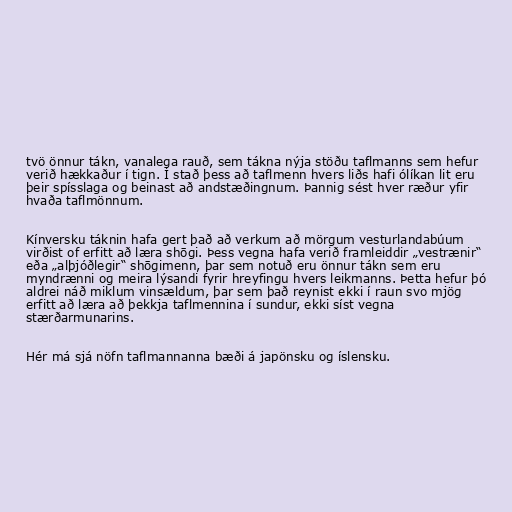
tvö önnur tákn, vanalega rauð, sem tákna nýja stöðu taflmanns sem hefur
verið hækkaður í tign. Í stað þess að taflmenn hvers liðs hafi ólíkan lit eru
þeir spísslaga og beinast að andstæðingnum. Þannig sést hver ræður yfir
hvaða taflmönnum.

Kínversku táknin hafa gert það að verkum að mörgum vesturlandabúum
virðist of erfitt að læra shōgi. Þess vegna hafa verið framleiddir „vestrænir“
eða „alþjóðlegir“ shōgimenn, þar sem notuð eru önnur tákn sem eru
myndrænni og meira lýsandi fyrir hreyfingu hvers leikmanns. Þetta hefur þó
aldrei náð miklum vinsældum, þar sem það reynist ekki í raun svo mjög
erfitt að læra að þekkja taflmennina í sundur, ekki síst vegna
stærðarmunarins.

Hér má sjá nöfn taflmannanna bæði á japönsku og íslensku.